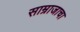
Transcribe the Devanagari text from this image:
साम्राजाचा